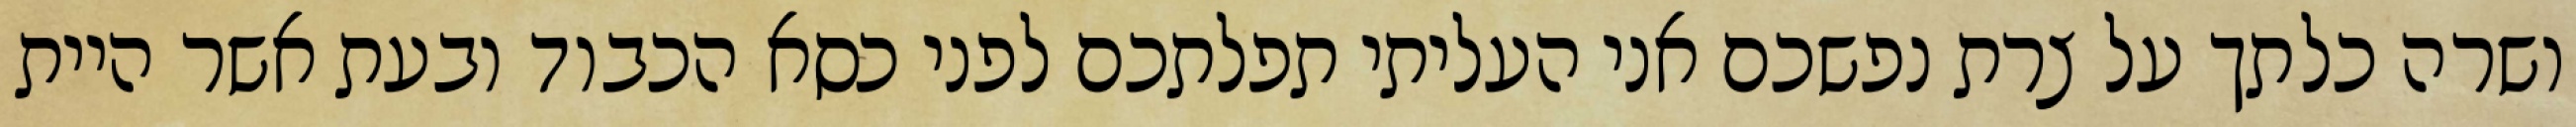
ושרה כלתך על צרת נפשכם אני העליתי תפלתכם לפני כסא הכבוד ובעת אשר היית